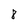
Character: 8